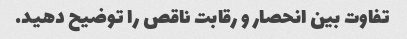
تفاوت بین انحصار و رقابت ناقص را توضیح دهید.